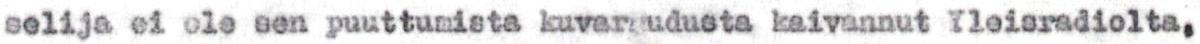
selija ei ole sen puuttumista kuvaruudusta kaivannut Yleisradiolta,